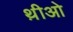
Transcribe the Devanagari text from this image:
थ़ीओ